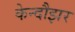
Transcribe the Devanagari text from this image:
केन्दौझर